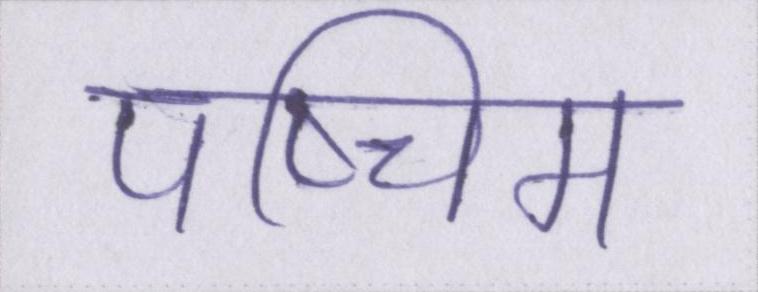
पष्चिम